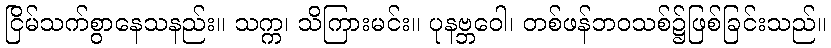
ငြိမ်သက်စွာနေသနည်း။ သက္က၊ သိကြားမင်း။ ပုနဗ္ဘဝေါ၊ တစ်ဖန်ဘဝသစ်၌ဖြစ်ခြင်းသည်။